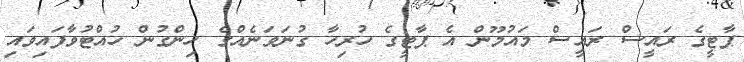
ޕާޓީގެ ރައީސް ރައީސް މައުމޫން އެ ޕާޓީގެ ހުރިހާ ގުނަވަނެއްގެ ހިންގުން ހުއްޓުވާފައިވައި